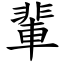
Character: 輩